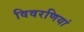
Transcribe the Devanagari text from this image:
विवरणियां